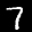
Label: 7